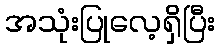
အသုံးပြုလေ့ရှိပြီး